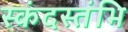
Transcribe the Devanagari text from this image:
स्कंदस्तंभि